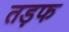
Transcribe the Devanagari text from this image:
तड़फ